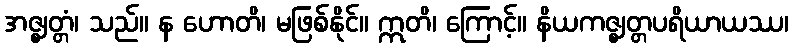
အဇ္ဈတ္တံ၊ သည်။ န ဟောတိ၊ မဖြစ်နိုင်။ ဣတိ၊ ကြောင့်။ နိယကဇ္ဈတ္တပရိယာယဿ၊